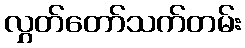
လွှတ်တော်သက်တမ်း